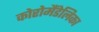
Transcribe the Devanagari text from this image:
कोरोमैंडेलिका